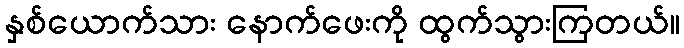
နှစ်ယောက်သား နောက်ဖေးကို ထွက်သွားကြတယ်။